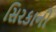
સિરકાની